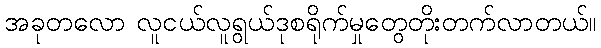
အခုတလော လူငယ်လူရွယ်ဒုစရိုက်မှုတွေတိုးတက်လာတယ်။